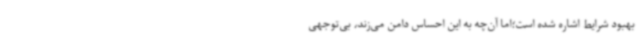
بهبود شرایط اشاره شده است؛اما آن‌چه به این احساس دامن می‌زند، بی‌توجهی